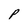
Character: P